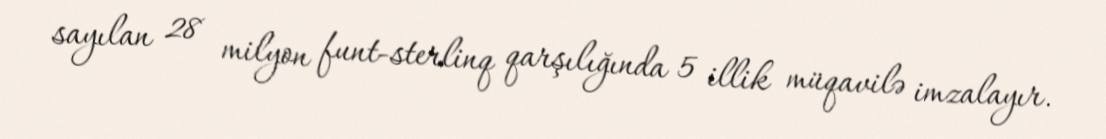
sayılan 28 milyon funt-sterlinq qarşılığında 5 illik müqavilə imzalayır.